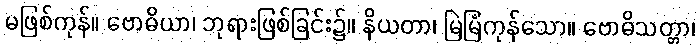
မဖြစ်ကုန်။ ဗောဓိယာ၊ ဘုရားဖြစ်ခြင်း၌။ နိယတာ၊ မြဲမြံကုန်သော။ ဗောဓိသတ္တာ၊